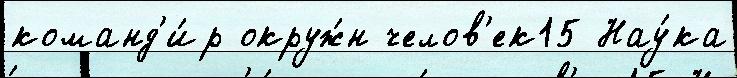
команд'и́р окруж́н челов'ек15 Нау́ка